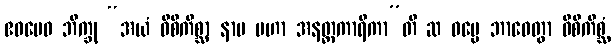
ဧဝမေဝ ဘိက္ခု “အယံ ဝိစိကိစ္ဆာ နာမ မဟာ အနတ္ထကာရိကာ”တိ ဆ ဓမ္မေ ဘာဝေတွာ ဝိစိကိစ္ဆံ